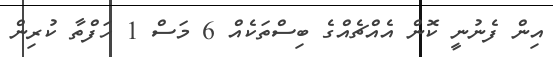
އިން ފެނުނީ ކޮން އެއްޗެއްގެ ބިސްތަކެއް 6 މަސް 1 ހަފްތާ ކުރިން